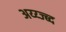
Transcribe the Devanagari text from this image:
अय्य्ज्ब्द